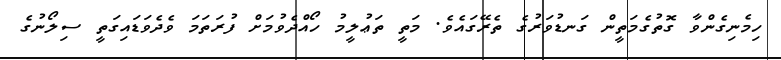
ހިމެނިގެންވާ ގޮތުގެމަތީން ގަނޑުވަރުގެ ތެރޭގައެވެ. މަތީ ތަޢުލީމު ހޯއްދެވުމަށް ފުރަތަމަ ވެދެވަޑައިގަތީ ސިލޯނުގެ